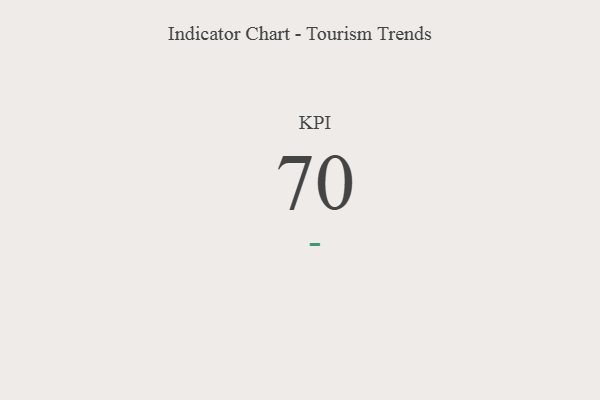
{"axis": {"x": "KPI", "y": "Value"}, "legend": [""], "data": [{"x": "KPI", "y": 70, "type": ""}]}